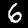
Label: 6